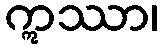
ဣဿာ၊